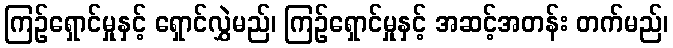
ကြဉ်ရှောင်မှုနှင့် ရှောင်လွှဲမည်၊ ကြဉ်ရှောင်မှုနှင့် အဆင့်အတန်း တက်မည်၊